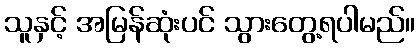
သူနှင့် အမြန်ဆုံးပင် သွားတွေ့ရပါမည်။